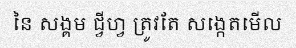
នៃ សង្គម ជ្វីហ្វ ត្រូវតែ សង្កេតមើល